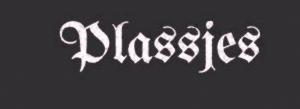
Plassjes